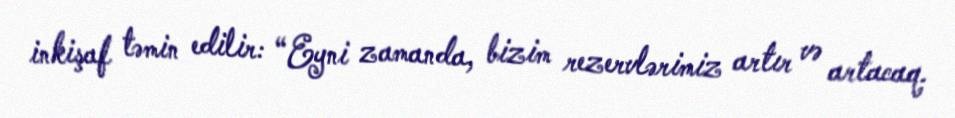
inkişaf təmin edilir: “Eyni zamanda, bizim rezervlərimiz artır və artacaq.